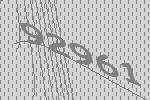
92961